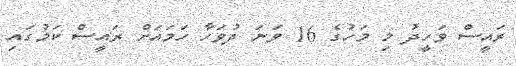
ރައީސް ވަހީދު މި މަހުގެ 16 ވަނަ ދުވަހާ ހަމައަށް ރައީސް ކަމުގައި